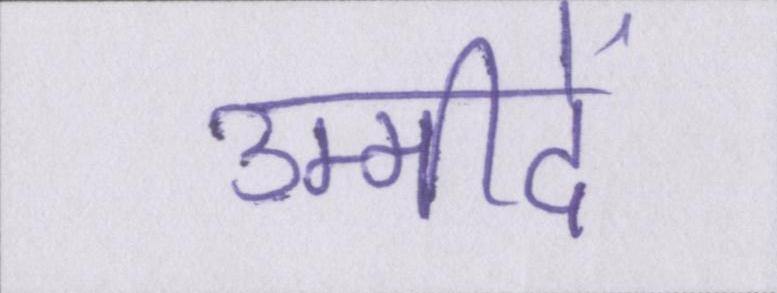
उम्मीदें